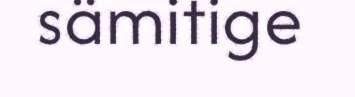
sämitige